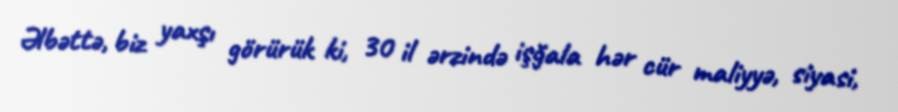
Əlbəttə, biz yaxşı görürük ki, 30 il ərzində işğala hər cür maliyyə, siyasi,